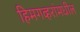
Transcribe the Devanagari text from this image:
हिमगव्हरांमधील